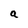
Character: a